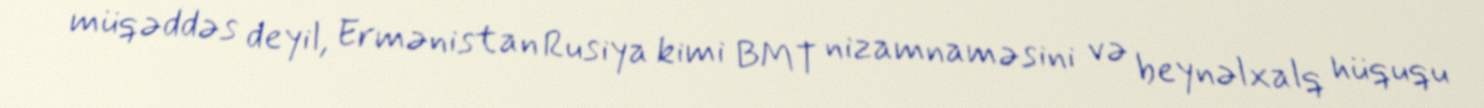
müqəddəs deyil, Ermənistan Rusiya kimi BMT nizamnaməsini və beynəlxalq hüququ